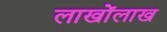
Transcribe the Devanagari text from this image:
लाखोंलाख